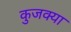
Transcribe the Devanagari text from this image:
कुजक्या